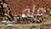
ملفي